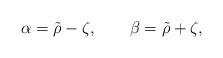
LaTeX: \begin{align*} \alpha=\tilde{\rho}-\zeta,\qquad\beta=\tilde{\rho}+\zeta,\end{align*}